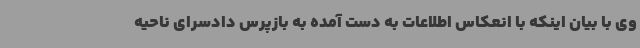
وی با بیان اینکه با انعکاس اطلاعات به دست آمده به بازپرس دادسرای ناحیه